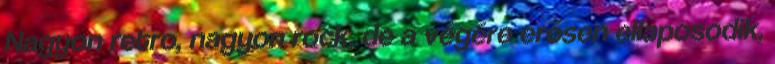
Nagyon retro, nagyon rock, de a végére erősen ellaposodik,